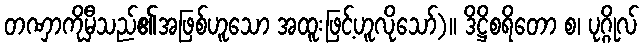
တဏှာကိုမှီသည်၏အဖြစ်ဟူသော အထူးဖြင့်ဟူလိုသော်)။ ဒိဋ္ဌိစရိတော စ၊ ပုဂ္ဂိုလ်